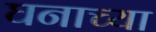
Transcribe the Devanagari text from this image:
घनाच्या